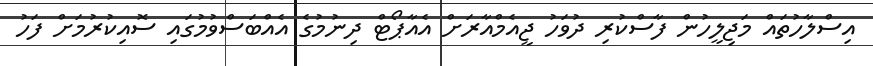
އިސްލާހުތައް މަޖިލީހުން ފާސްކުރި ދުވަހު ޖީއެމްއާރަށް އެއާޕޯޓް ދިނުމުގެ އެއްބަސްވުމުގައި ސޮއިކުރުމަށް ފަހު